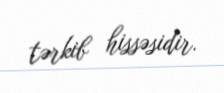
tərkib hissəsidir.